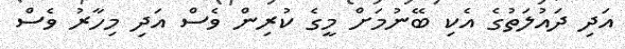
އަދި ދައުލަތުގެ އެކި ބޭނުމަށް މީގެ ކުރިން ވެސް އަދި މިހާރު ވެސް